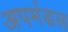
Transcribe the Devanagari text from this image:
अपमंडल